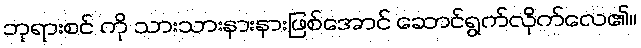
ဘုရားစင် ကို သားသားနားနားဖြစ်အောင် ဆောင်ရွက်လိုက်လေ၏။